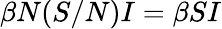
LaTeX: \beta N(S/N)I=\beta SI